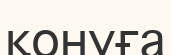
қонуға